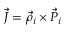
\vec { J } = \vec { \rho } _ { i } \times \vec { P } _ { i }